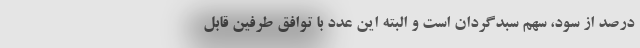
درصد از سود، سهم سبدگردان است‌ و البته این عدد با توافق طرفین قابل